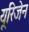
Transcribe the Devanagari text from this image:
यूरिजेन